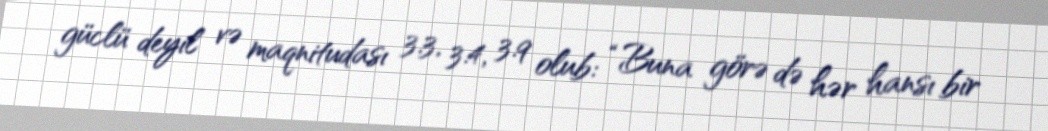
güclü deyil və maqnitudası 3.3, 3.4, 3.9 olub: “Buna görə də hər hansı bir